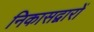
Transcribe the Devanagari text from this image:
निकासद्वारों